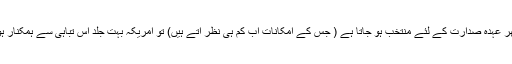
اور اگر دنیا کی بد قسمتی سے ٹرمپ ایک مرتبہ پھر عہدۂ صدارت کے لئے منتخب ہو جاتا ہے ( جس کے امکانات اب کم ہی نظر آتے ہیں) تو امریکہ بہت جلد اس تباہی سے ہمکنار ہو گا جس کا ذکر پورٹر نے اپنی کتاب میں کیا ہے۔